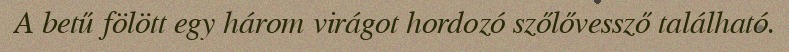
A betű fölött egy három virágot hordozó szőlővessző található.